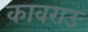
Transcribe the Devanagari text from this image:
कावराउ